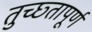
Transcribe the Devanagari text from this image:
तुच्छ्तापूर्ण